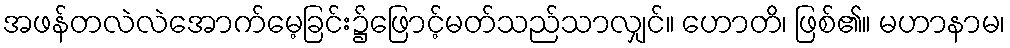
အဖန်တလဲလဲအောက်မေ့ခြင်း၌ဖြောင့်မတ်သည်သာလျှင်။ ဟောတိ၊ ဖြစ်၏။ မဟာနာမ၊